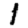
Digit: 1